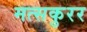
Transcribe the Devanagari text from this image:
मत्सकुरर